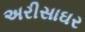
અરીસાઘર